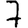
Digit: 7